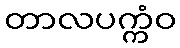
တာလပက္ကံဝ